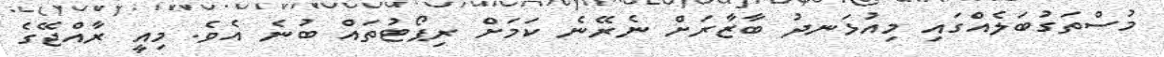
މުސްތަގުބަލެއްގައި މިއުޅަނދު ބާޒާރަށް ނެރޭނެ ކަމަށް ރިޕޯޓުތައް ބުނެ އެވެ. މިއީ ރާއްޖޭގެ